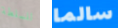
للسلطة سالما